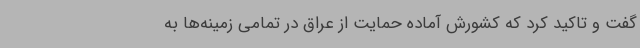
گفت و تاکید کرد که کشورش آماده حمایت از عراق در تمامی زمینه‌ها به